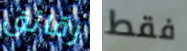
رقائق فقط